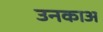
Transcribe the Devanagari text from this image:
उनकाअ